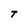
Character: T